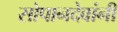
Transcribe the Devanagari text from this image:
सोपानदेवांनी